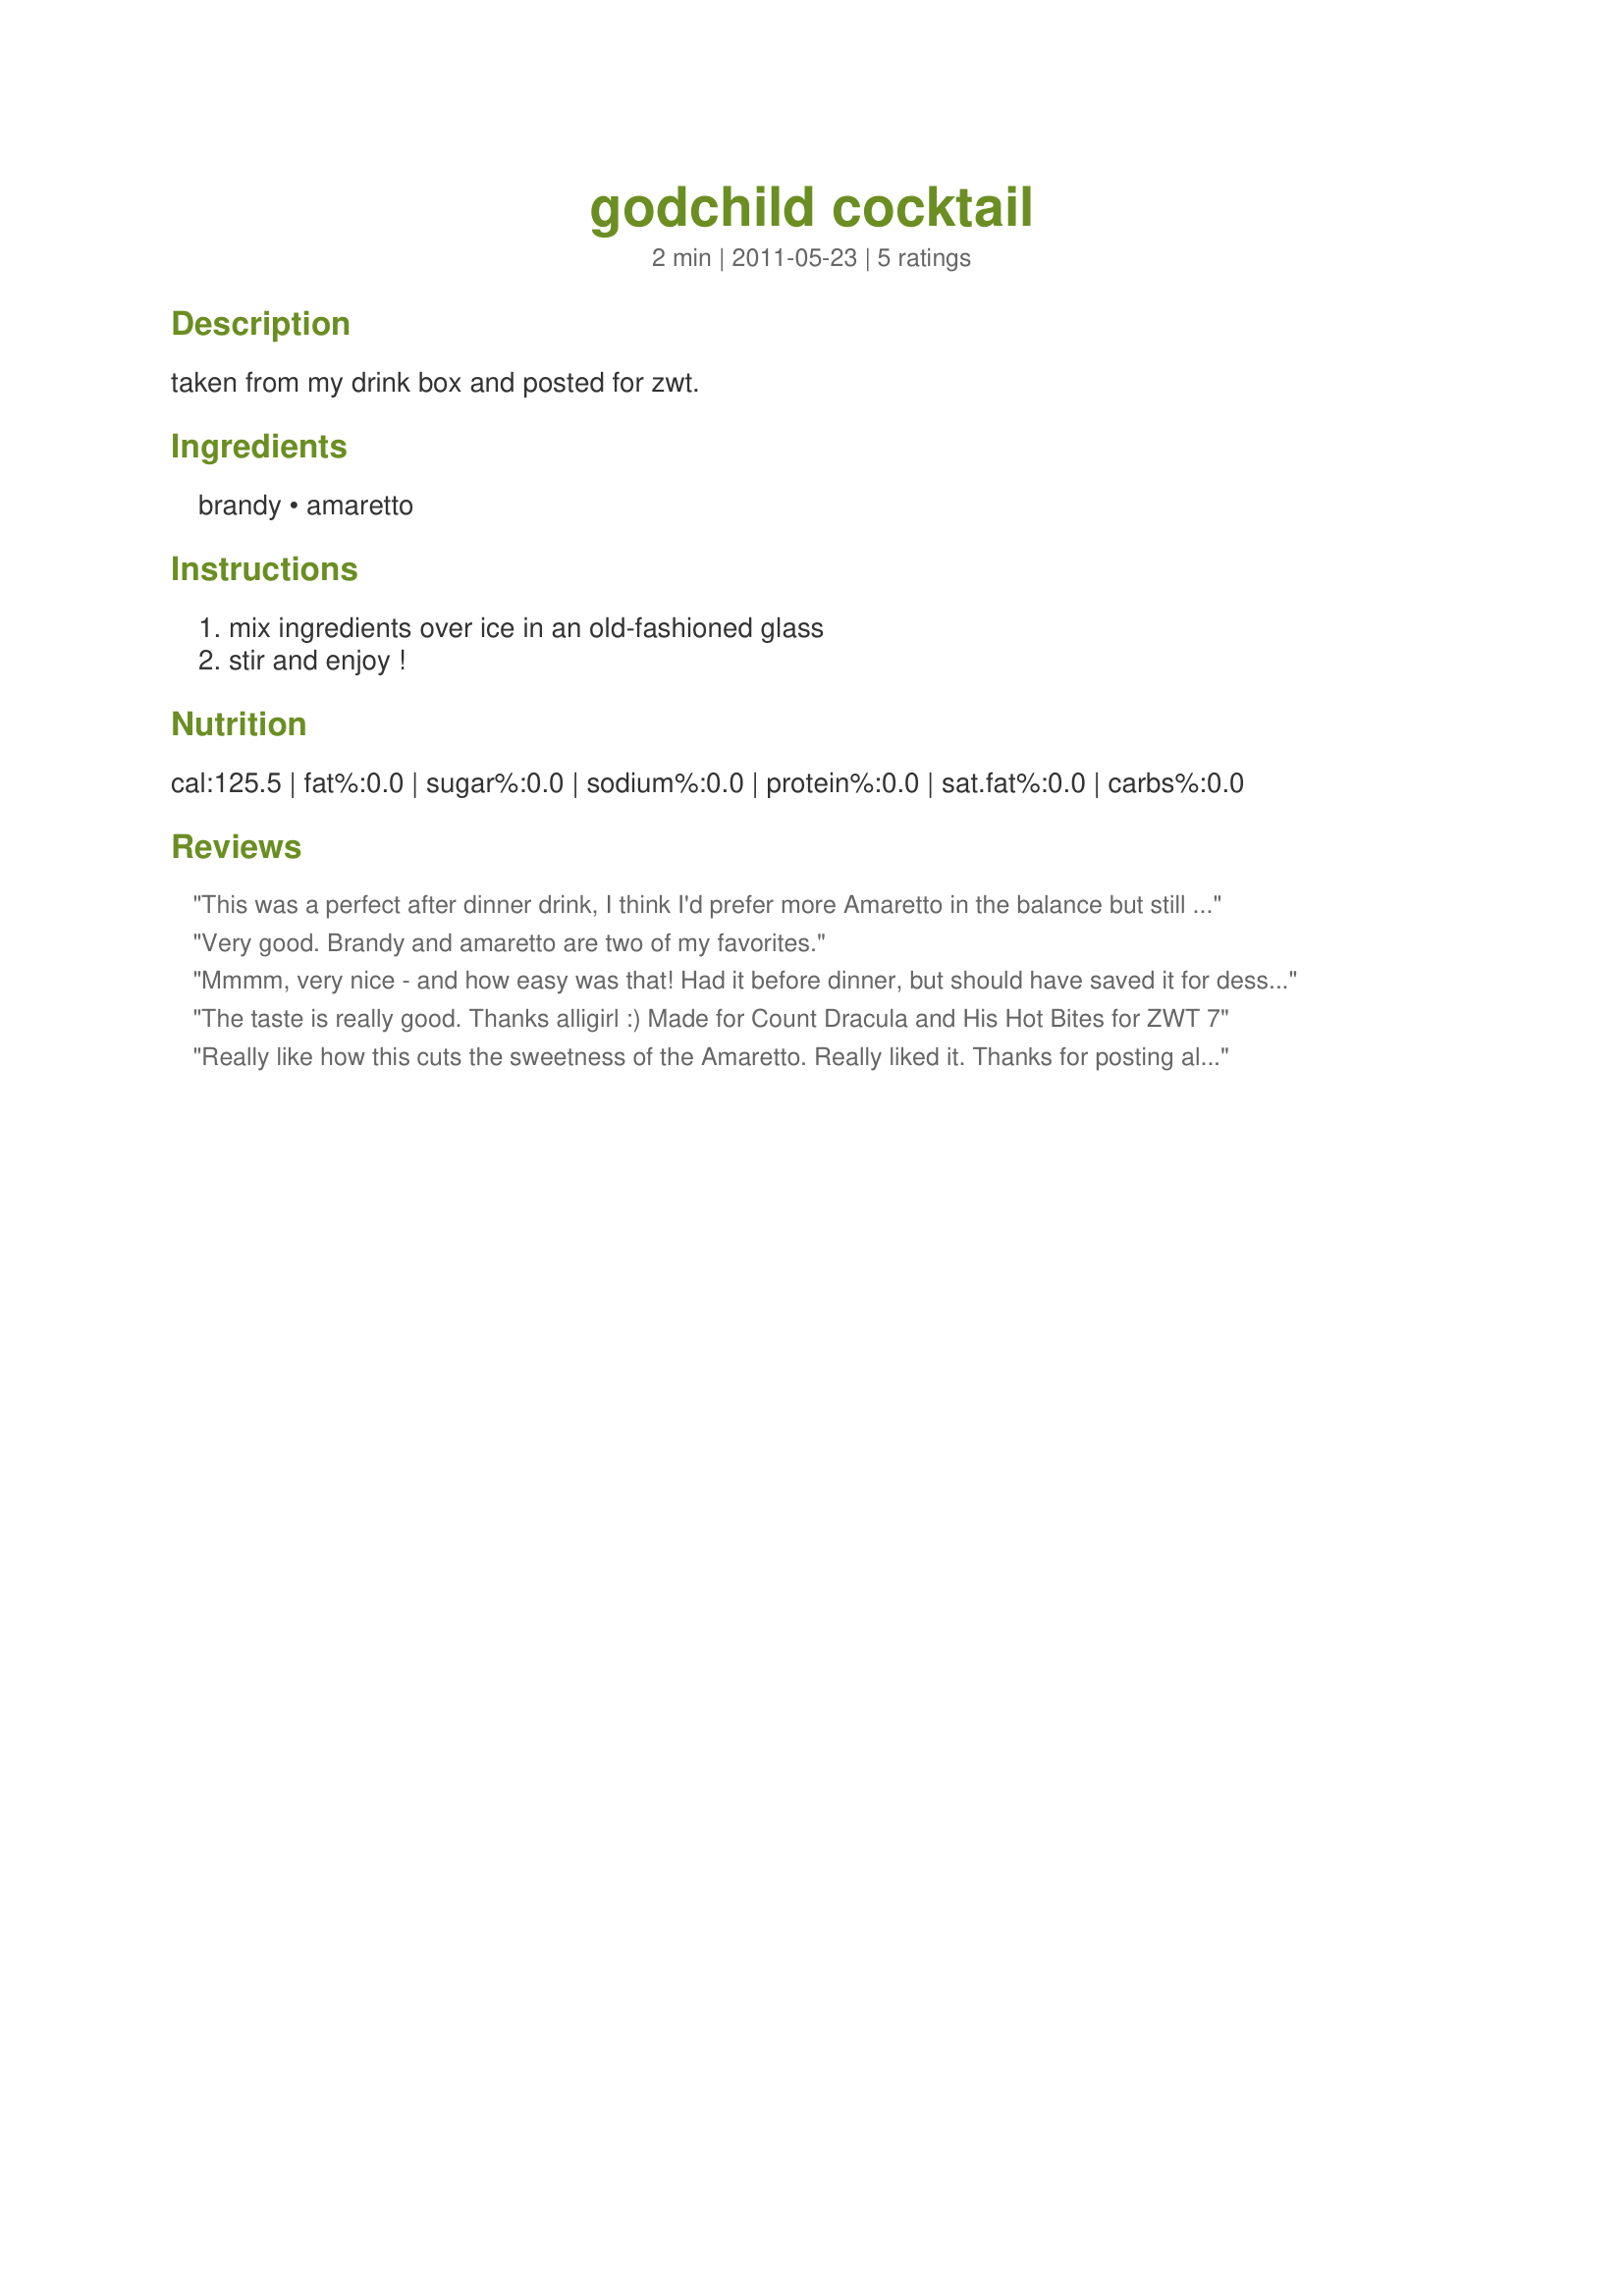
godchild cocktail
Preparation time: 2 minutes

taken from my drink box and posted for zwt.

Ingredients:
brandy, amaretto

Steps:
mix ingredients over ice in an old-fashioned glass, stir and enjoy !

Reviews:
This was a perfect after dinner drink, I think I'd prefer more Amaretto in the balance but still quite delish! Thanks alli - I'll be trying this again. Made for ZWT 7 by a fellow Food.commando
Very good. Brandy and amaretto are two of my favorites.
Mmmm, very nice - and how easy was that! Had it before dinner, but should have saved it for dessert, its that good! Made for Culinary Quest 2014.
The taste is really good. Thanks alligirl :) Made for Count Dracula and His Hot Bites for ZWT 7
Really like how this cuts the sweetness of the Amaretto. Really liked it. Thanks for posting allgirl! Made for Culinary Quest 2014
